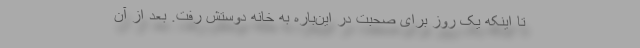
تا اینکه یک روز برای صحبت در این‌باره به خانه دوستش رفت. بعد از آن